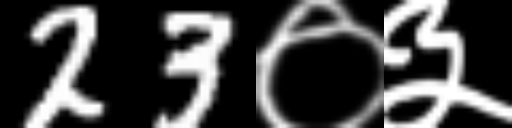
Text: 23०३